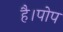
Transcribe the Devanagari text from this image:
है।पोप